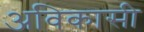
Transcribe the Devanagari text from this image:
अविकासी